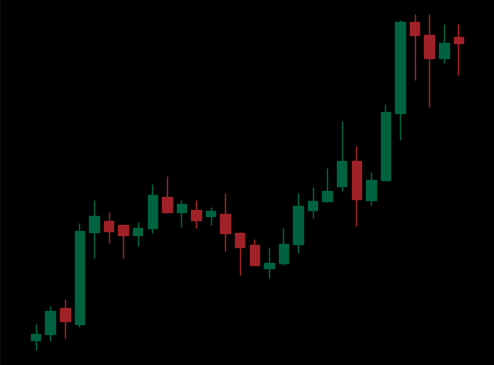
Pattern: unclassified